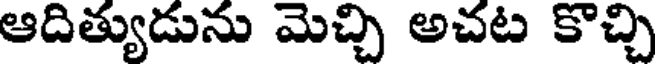
ఆదిత్యుడును మెచ్చి అచట కొచ్చి